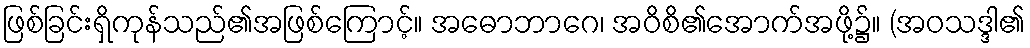
ဖြစ်ခြင်းရှိကုန်သည်၏အဖြစ်ကြောင့်။ အဓောဘာဂေ၊ အဝိစိ၏အောက်အဖို့၌။ (အဝသဒ္ဒါ၏